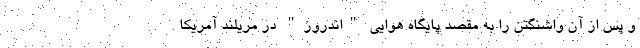
و پس از آن واشنگتن را به مقصد پایگاه هوایی "اندروز" در مریلند آمریکا